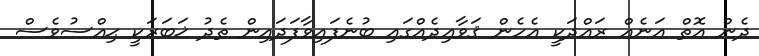
ދެން އޮތް އަނެއް ރައްދަކީ އެހެން ޤަވާޢިދެއްގައި ބުނެފައިވާފަދައިން ތެދު ޚަބަރަކީ ޙިއްސުވެސް